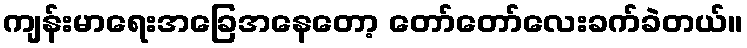
ကျန်းမာရေးအခြေအနေတော့ တော်တော်လေးခက်ခဲတယ်။